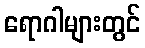
ရောဂါများတွင်